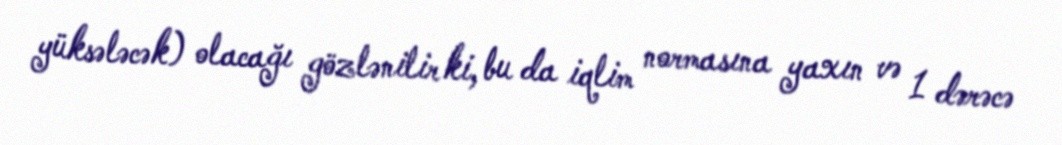
yüksələcək) olacağı gözlənilir ki, bu da iqlim normasına yaxın və 1 dərəcə